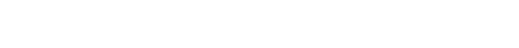
၏။ ဣတိဝါ၊ ကြောင့်လည်း။ ဧကောဒိ၊ မည်၏။ တေဟိ၊ ထိုနီဝရဏဥဒ္ဓစ္စတို့မှ။